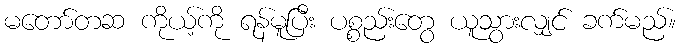
မတော်တဆ ကိုယ့်ကို ရန်မူပြီး ပစ္စည်းတွေ ယူသွားလျှင် ခက်မည်။